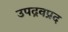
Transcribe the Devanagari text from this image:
उपद्रवप्रद